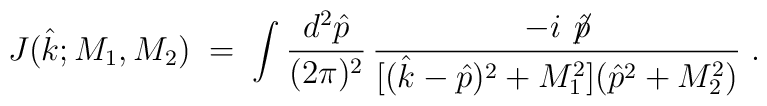
J({\hat k}; M_1, M_2)\;=\; \int \frac{d^2 {\hat p}}{(2 \pi)^2}\,\frac{-i\not \! {\hat p}}{[({\hat k}-{\hat p})^2 + M_1^2]({\hat p}^2 + M_2^2)} \;.